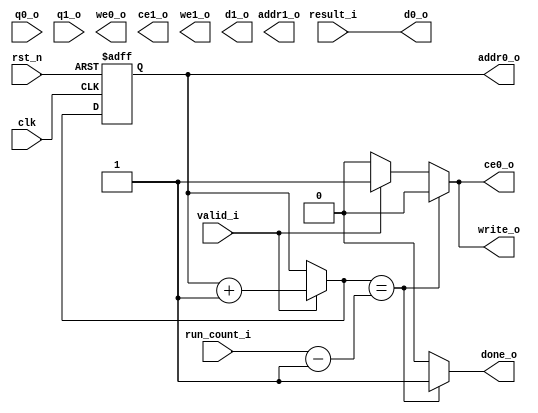
module output_controller #(
    // parameter
    parameter CNT_WIDTH = 12, // addr = 12bit
    parameter DATA_WIDTH = 32, // input data is 32bit number
    parameter CNT_BIT = 31
    )
    (

    // special input
    input clk,
    input rst_n,
    
    // BRAM input ( input port is unused )
    input [DATA_WIDTH - 1 : 0] q0_o,
    input [DATA_WIDTH - 1 : 0] q1_o, 

    // Top module input
    input [CNT_BIT - 1 : 0] run_count_i,    
    
    // Core controller input
    input [DATA_WIDTH - 1 : 0] result_i,
    input valid_i,

    // Top module output
    output reg write_o,
    output reg done_o,
    


    // BRAM output
    output [CNT_WIDTH - 1 : 0] addr0_o,
    output ce0_o,
    output we0_o,
    output [DATA_WIDTH - 1 : 0] d0_o, 

    /* input for port 1 */
    // port1 is unused
    output [CNT_WIDTH - 1 : 0] addr1_o,
    output ce1_o,
    output we1_o,
    output [DATA_WIDTH - 1 : 0] d1_o
    );

    
    
    // Local param
    
    // declare reg type variable(cnt -> flipflop, cnt_n -> comb)
    reg [CNT_WIDTH - 1 : 0] cnt, cnt_n;

    // 1. counter seq logic
    always @(posedge clk, negedge rst_n) begin
        if (!rst_n) begin
            cnt <= {(CNT_WIDTH){1'b0}};
        end else begin
            cnt <= cnt_n;
        end
    end
    
    // 2. counter comb logic
    always @(*) begin
        cnt_n = cnt;    // prevent latch
        write_o = 0;
        done_o = 0;
        if (valid_i) begin
          cnt_n = cnt + 'd1;
          write_o = 1;
        end
        if (cnt_n == run_count_i - 1) begin
          write_o = 0;
          done_o = 1;
        end
        /*end else if (done_i) begin
            cnt = {(CNT_WIDTH){1'b0}};
        end*/
    end
    
    // 3. output assign statement
    assign addr0_o = cnt;
    assign d0_o = result_i;
    assign ce0_o = write_o;
    
endmodule